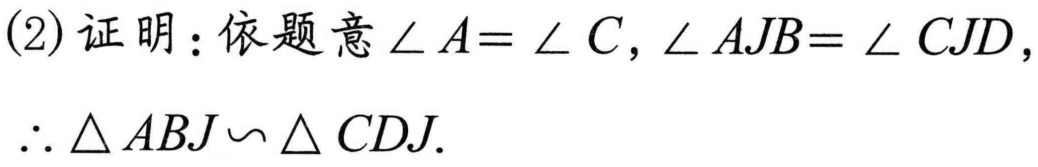
(2)证明：依题意$\angle A = \angle C,\angle AJB=\angle CJD,$
$\therefore \triangle ABJ\backsim \triangle CDJ.$